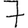
Digit: 7